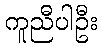
ကူညီပါဦး